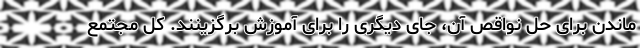
ماندن برای حل نواقص آن، جای دیگری را برای آموزش برگزینند. کل مجتمع